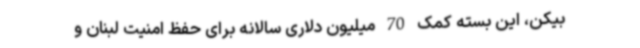
بیکن، این بسته کمک 70 میلیون دلاری سالانه برای حفظ امنیت لبنان و